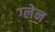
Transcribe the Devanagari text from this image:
ग्‍लेन